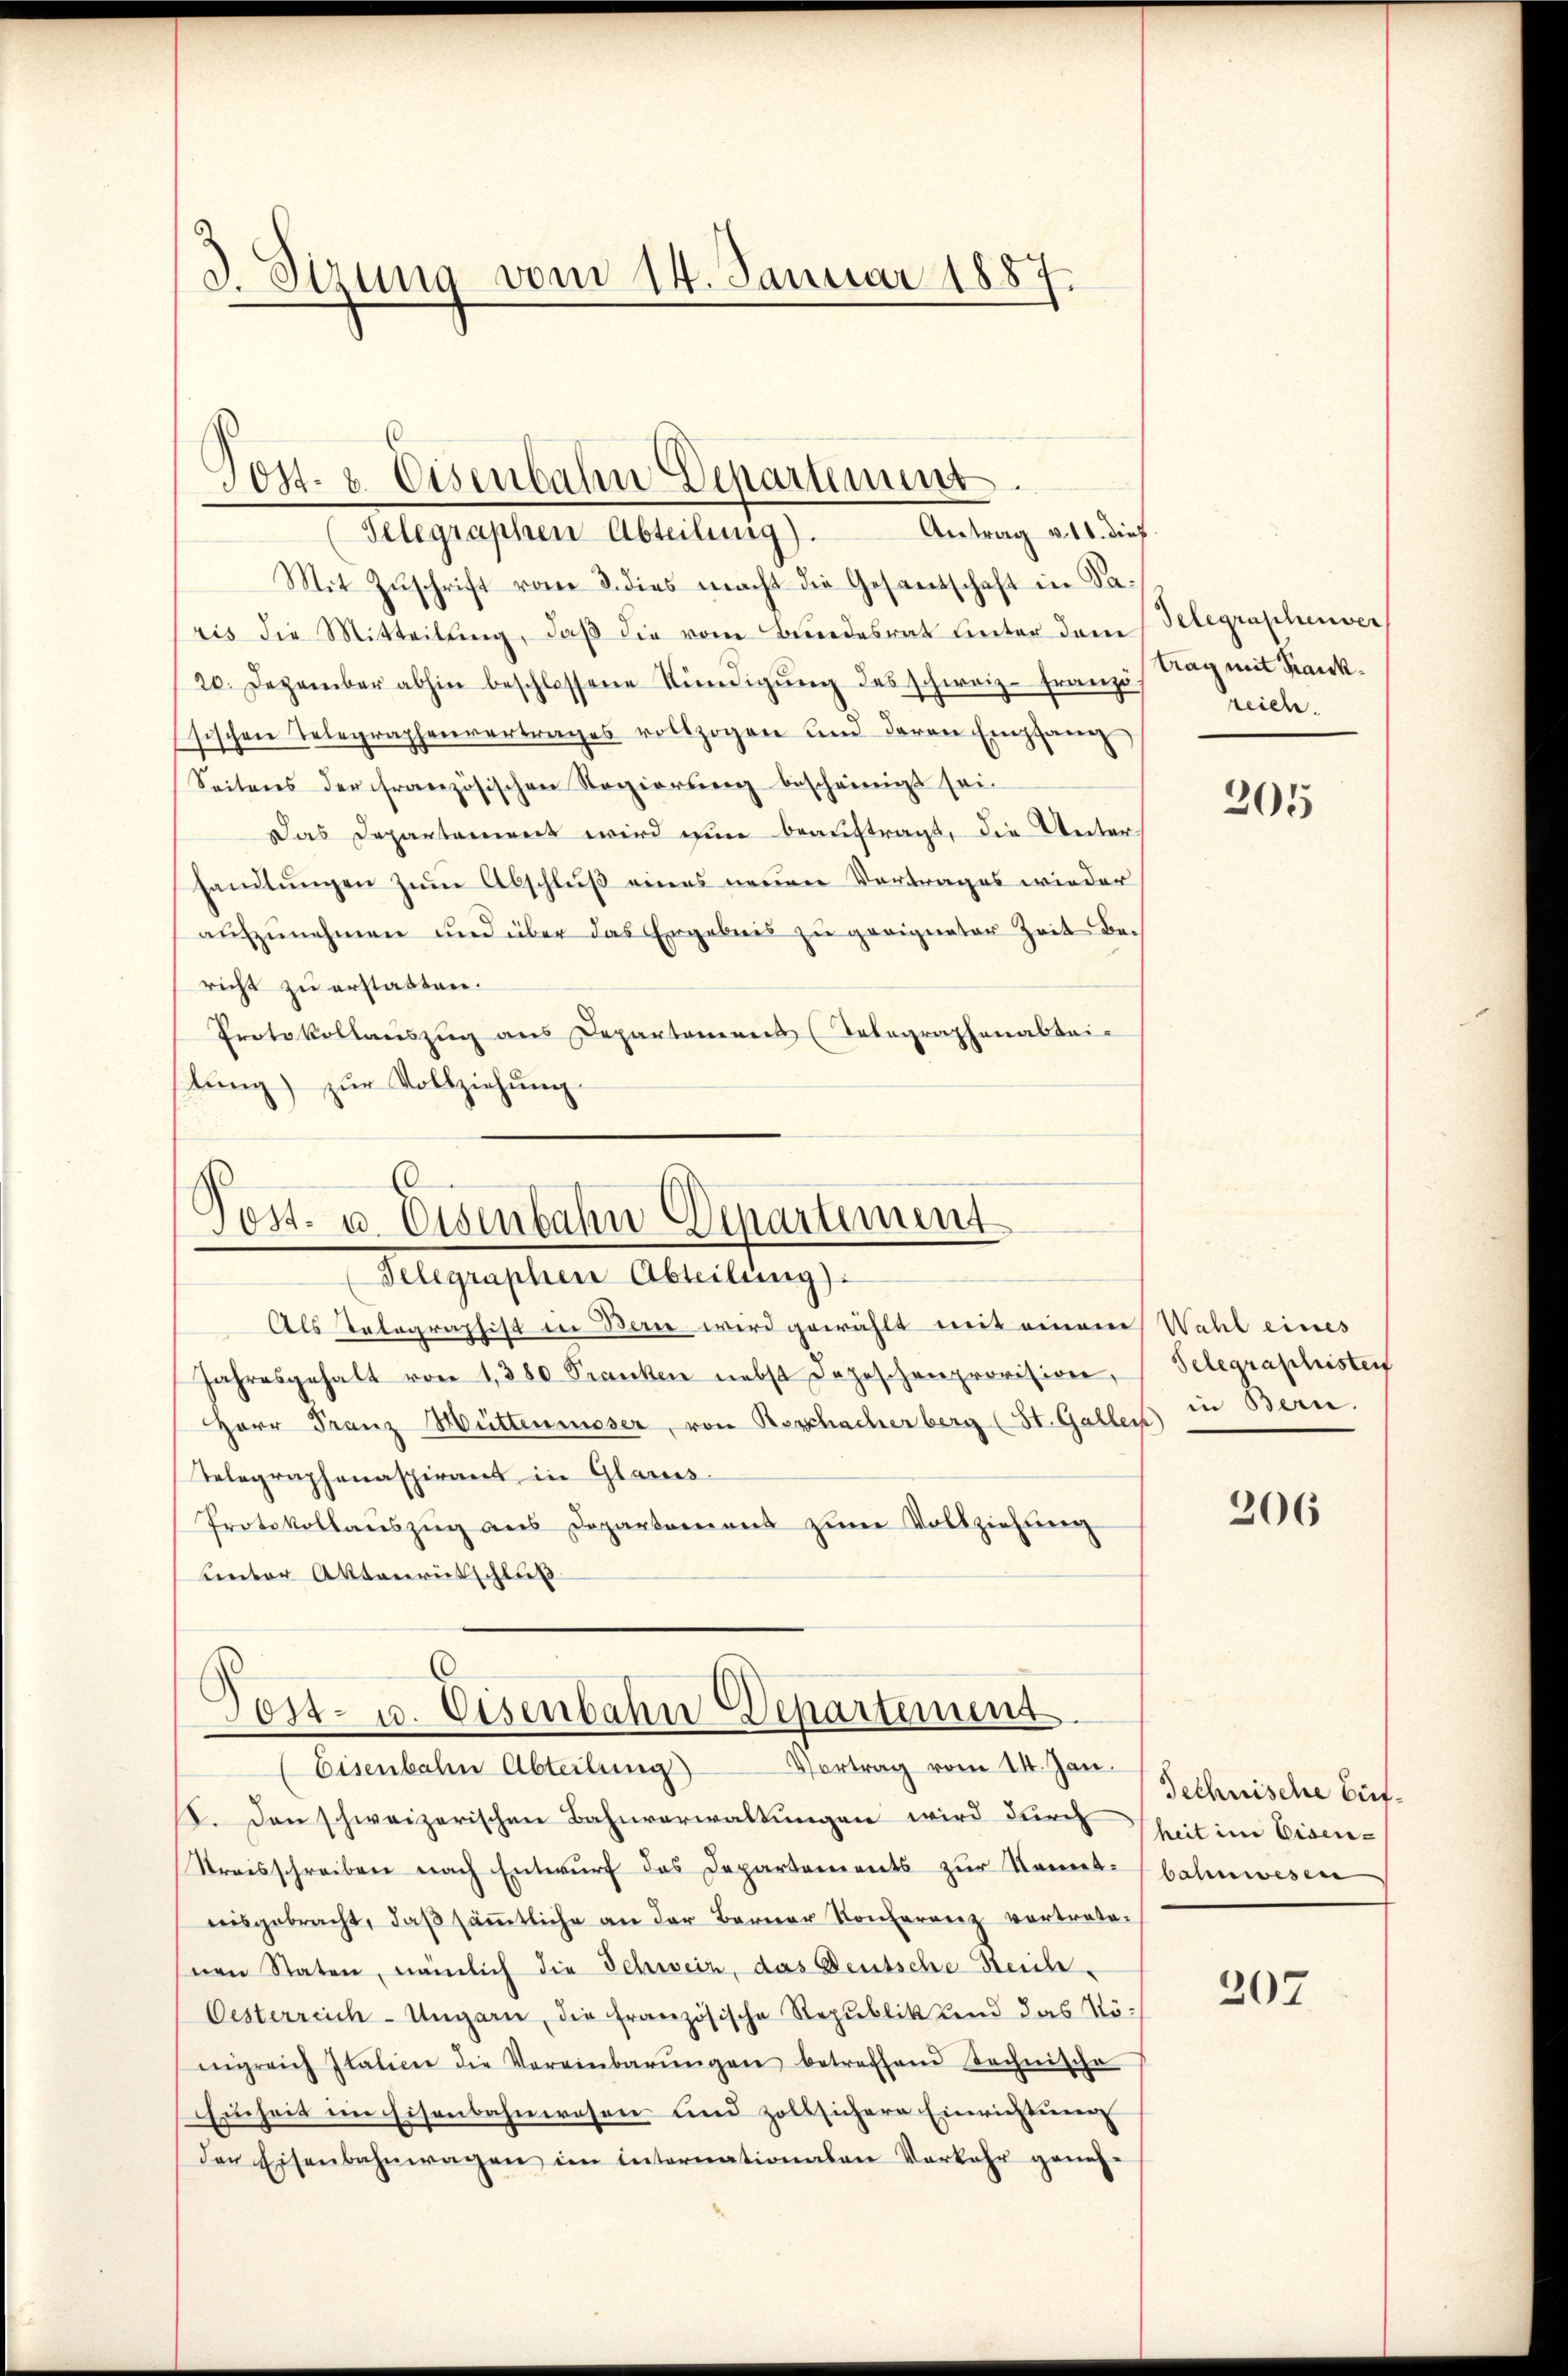
d. Sirung vom 14. Januar 1887.

Post- & Eisenbahn Departement.
Antrag v. 10. dies
Telegraphen Abteilung).

Mit Zŭschrift vom 3. dies macht die Gesantschaft in Sa-
ris die Mitteilung, daß die vom Bundesrat unter dem Telegraphenver
20. Dezember abhin beschlossene Kündigŭng des schweiz. Franzö, Tag mit Franksischen Telegraphenvertrages vollzogen und davon Empfang
Seitens der französischen Regierung bescheinigt sei.
Das Departement wird in beauftragt, die Unterhandlŭngen zum Abschluß eines neuen Vortrages wieder
aŭfzŭnehmen und über das Ergebnis zŭ geeigneter Zeit Bericht zu erstatten.
Protokollauszug aus Departaneners (Telegraphenabtei-
lŭng zŭr Vollziehŭng.

Post- u. Eisenbahn-Departement
Telegraphen Abteilung).

Als Telegraphist in Bern wird gewählt mit einem Wahl eines
Jahresgehalt von 1380 Franken nebst Depeschenprovision,
Herr Franz Hüttenmoser, von Reschacherberg (St. Gallen) in Bern.
Telegraphenaspirant in Glarus-
Protokollaŭszŭg ans Departement zum Vollziehung
unter Aktenrutschluß

Fest- u. Eisenbahn Departement
Vortrag vom 24. Jan.
Eisenbahr Abteilung

I. Den schweizerischen Bahnverwaltungen wird durch
Streisschreiben nach Entwurf das Departements zur Kenntnisgebracht, daß sämmtliche an der Berner Konferenz vortretenen Staten, nämlich die Schweiz, das Deutsche Reich-
Oesterreich-Ungarn, die französische Republik und das Nönigreich Italicie die Vereinbarŭngen betreffend Technische
Einheit im Eisenbahnwesen und zollsichere Einrichtung
der Eisenbahnwagen im internationalen Vorkehr geneh-

reich.

205

Telegraphisten

206

Technische Aufheit im Eisen-
bahnwesen

207